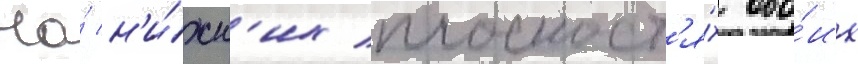
На́ н'и́жн'их плоскост'я́х обо́их